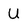
Character: U